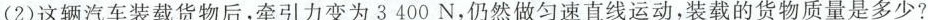
(2)这辆汽车装载货物后，牵引力变为3 400N，仍然做匀速直线运动，装载的货物质量是多少?